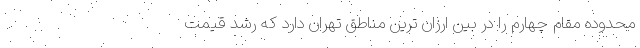
محدوده مقام چهارم را در بین ارزان ترین مناطق تهران دارد که رشد قیمت